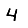
Digit: 4